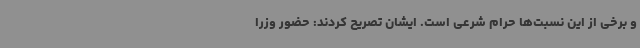
و برخی از این نسبت‌ها حرام شرعی است. ایشان تصریح کردند:‌ حضور وزرا